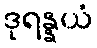
ဒုရန္နယံ